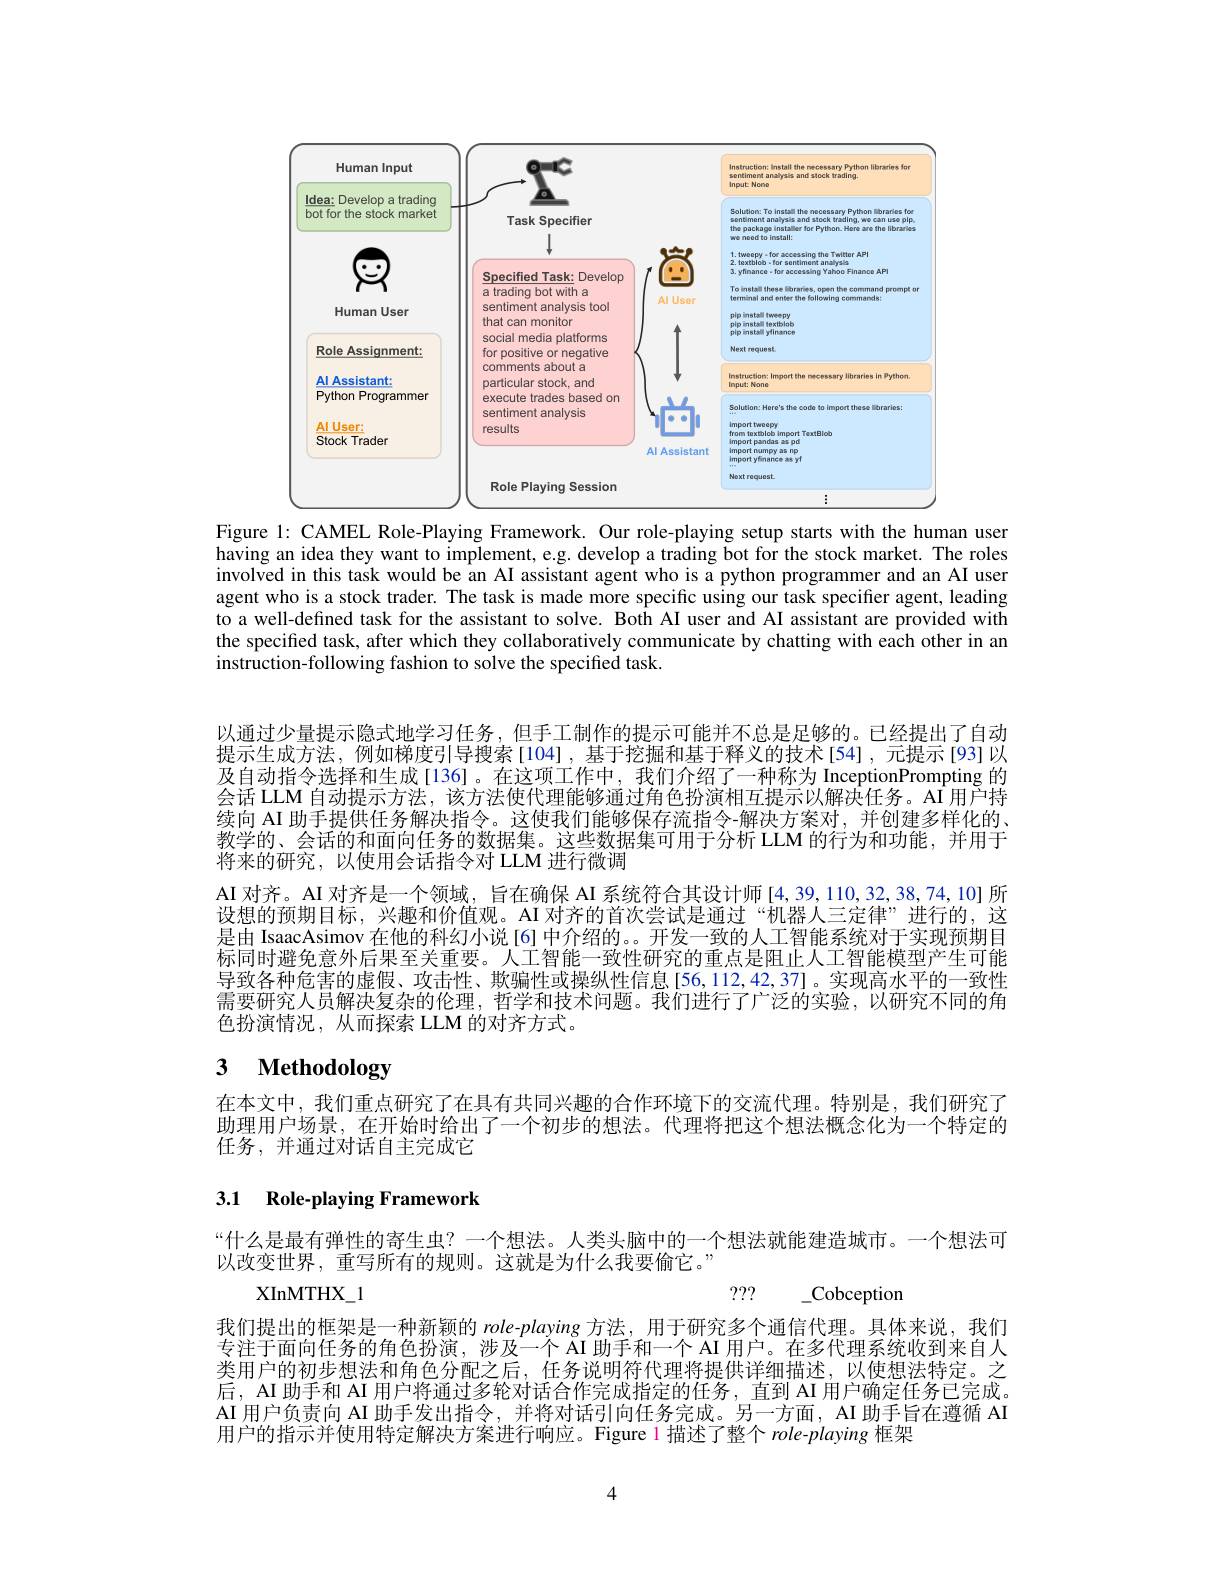
<FigureHere>
Figure l: CAMEL Role-Playing Framework. Our role-playing setup starts with the human user

having an idea they want to implement, e.g. develop a trading bot for the stock market. The roles involved in this task would be an AI assistant agent who is a python programmer and an AI user agent who is a stock trader. The task is made more specific using our task specifier agent, leading to a well-defined task for the assistant to solve. Both AI user and AI assistant are provided with the specified task, after which they collaboratively communicate by chatting with each other in an $\hat{\text{instruction-following fashion to solve the specified task}}$

以通过少量提示隐式地学习任务，但手工制作的提示可能并不总是足够的。已经提出了自动提示生成方法，例如梯度引导搜索[104],基于挖掘和基于释义的技术[54],元提示[93]以及自动指令选择和生成[136]。在这项工作中，我们介绍了一种称为 InceptionPrompting 的会话 LLM 自动提示方法，该方法使代理能够通过角色扮演相互提示以解决任务。AI 用户持续向 AI 助手提供任务解决指令。这使我们能够保存流指令-解决方案对，并创建多样化的、 教学的、会话的和面向任务的数据集。这些数据集可用于分析 LLM 的行为和功能，并用于将来的研究，以使用会话指令对 LLM 进行微调
AI 对齐。AI 对齐是一个领域，旨在确保 AI 系统符合其设计师 [4,39,110,32,38,74,10] 所设想的预期目标，兴趣和价值观。AI 对齐的首次尝试是通过“机器人三定律”进行的，这是由 IsaacAsimov 在他的科幻小说[6] 中介绍的。。开发一致的人工智能系统对于实现预期目标同时避免意外后果至关重要。人工智能一致性研究的重点是阻止人工智能模型产生可能导致各种危害的虚假、攻击性、欺骗性或操纵性信息[56,112,42,37]。实现高水平的一致性需要研究人员解决复杂的伦理，哲学和技术问题。我们进行了广泛的实验，以研究不同的角色扮演情况，从而探索 LLM 的对齐方式。

# 3 Methodology

在本文中，我们重点研究了在具有共同兴趣的合作环境下的交流代理。特别是，我们研究了助理用户场景，在开始时给出了一个初步的想法。代理将把这个想法概念化为一个特定的任务，并通过对话自主完成它

## 3.1 Role-playing Framework

 ? ? ? - Cobception

“什么是最有弹性的寄生虫？一个想法。人类头脑中的一个想法就能建造城市。一个想法可
以改变世界，重写所有的规则。这就是为什么我要偷它。”
XInMTHX$\_$1
我们提出的框架是一种新颖的 role-playing 方法，用于研究多个通信代理。具体来说，我们专注于面向任务的角色扮演，涉及一个 AI 助手和一个 AI 用户。在多代理系统收到来自人类用户的初步想法和角色分配之后，任务说明符代理将提供详细描述，以使想法特定。之后，AI 助手和 AI 用户将通过多轮对话合作完成指定的任务，直到 AI 用户确定任务已完成。AI 用户负责向 AI 助手发出指令，并将对话引向任务完成。另一方面，AI 助手旨在遵循 AI 用户的指示并使用特定解决方案进行响应。Figure l 描述了整个$role-playing$框架

4